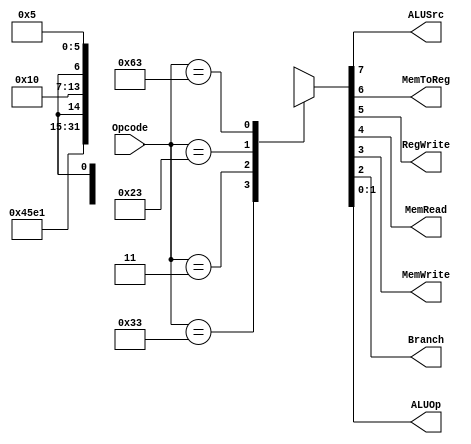
module control(Opcode, ALUSrc, MemToReg, RegWrite, MemRead, MemWrite, Branch, ALUOp);
	input[6:0] Opcode;
	output ALUSrc, MemToReg, RegWrite, MemRead, MemWrite, Branch;
	output [1:0] ALUOp;
	reg [7:0] controls;

	always @(Opcode)
	begin
		casex(Opcode)
			7'b0110011: controls = 8'b00100010;  // R-Format
			7'b0000011: controls = 8'b11110000;  // ld
			7'b0100011: controls = 8'b1x001000;  // sd
			7'b1100011: controls = 8'b0x000101;  // beq
			default:    controls = 8'bxxxxxxxx;
		endcase
	end

	assign {ALUSrc, MemToReg, RegWrite, MemRead, MemWrite, Branch, ALUOp} = controls;
endmodule